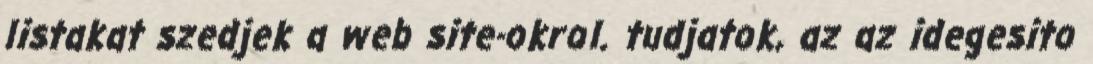
listakat szedjek a web site-okrol. tudjatok, az az idegesito